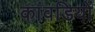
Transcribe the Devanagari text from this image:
कांवडियों